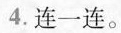
4.连一连。